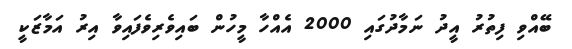
ބޭއްވި ފިތުރު އީދު ނަމާދުގައި 2000 އެއްހާ މީހުން ބައިވެރިވެފައިވާ އިރު އަމާޒަކީ